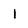
Character: 1